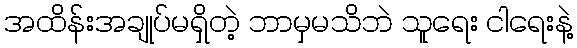
အထိန်းအချုပ်မရှိတဲ့ ဘာမှမသိဘဲ သူရေး ငါရေးနဲ့